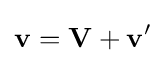
\mathbf {v} =\mathbf {V} +\mathbf {v} '